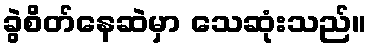
ခွဲစိတ်နေဆဲမှာ သေဆုံးသည်။